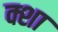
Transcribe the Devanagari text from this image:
क्शा